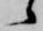
候